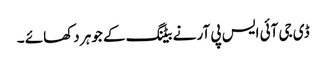
ڈی جی آئی ایس پی آر نے بیٹنگ کے جوہر دکھائے ۔